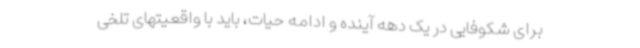
برای شکوفایی در یک دهه آینده و ادامه حیات، باید با واقعیتهای تلخی